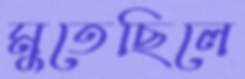
মুতেছিলে